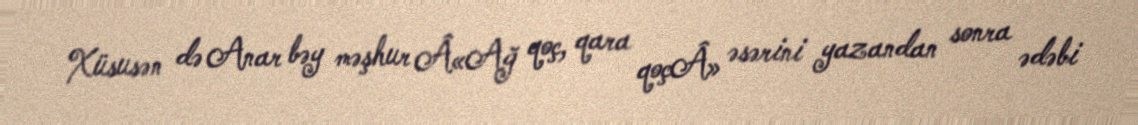
Xüsusən də Anar bəy məşhur Â«Ağ qoç, qara qoçÂ» əsərini yazandan sonra ədəbi